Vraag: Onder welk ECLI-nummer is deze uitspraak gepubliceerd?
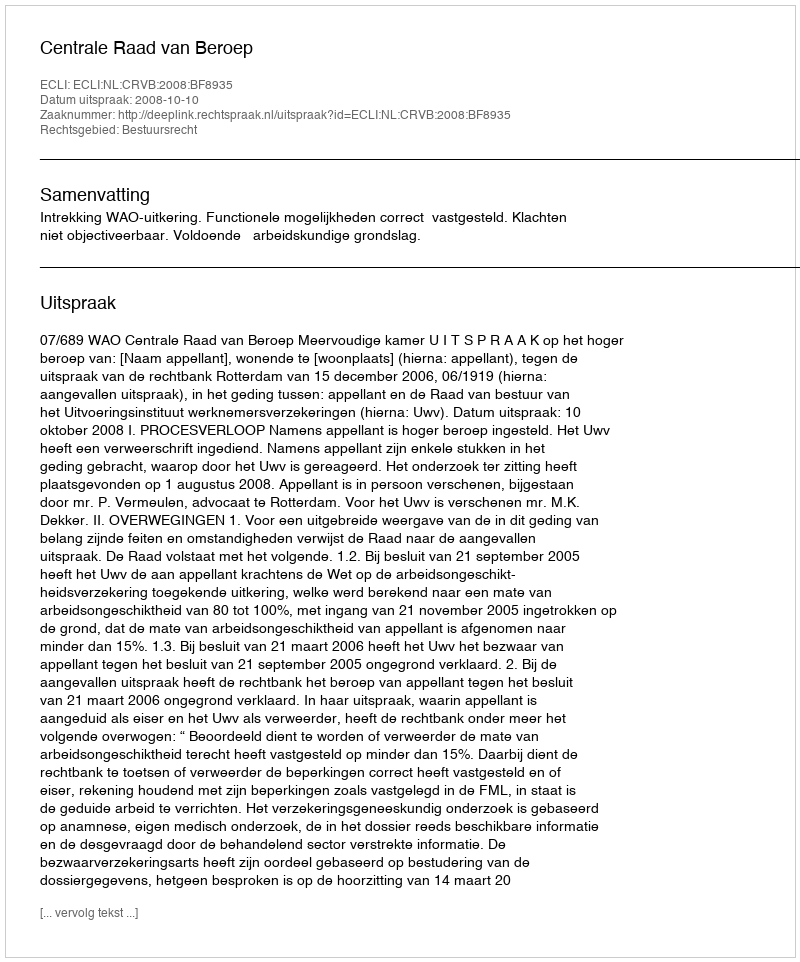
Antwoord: ECLI:NL:CRVB:2008:BF8935